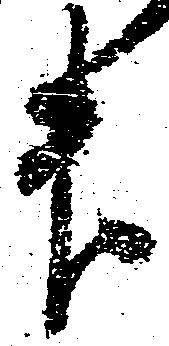
升